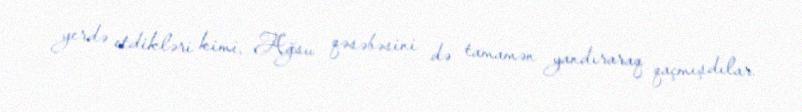
yerdə etdikləri kimi, Ağsu qəsəbəsini də tamamən yandıraraq qaçmışdılar.